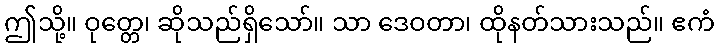
ဤသို့။ ဝုတ္တေ၊ ဆိုသည်ရှိသော်။ သာ ဒေဝတာ၊ ထိုနတ်သားသည်။ ဧကံ